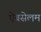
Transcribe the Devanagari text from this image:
ऐबसेलम